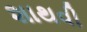
શાથવી